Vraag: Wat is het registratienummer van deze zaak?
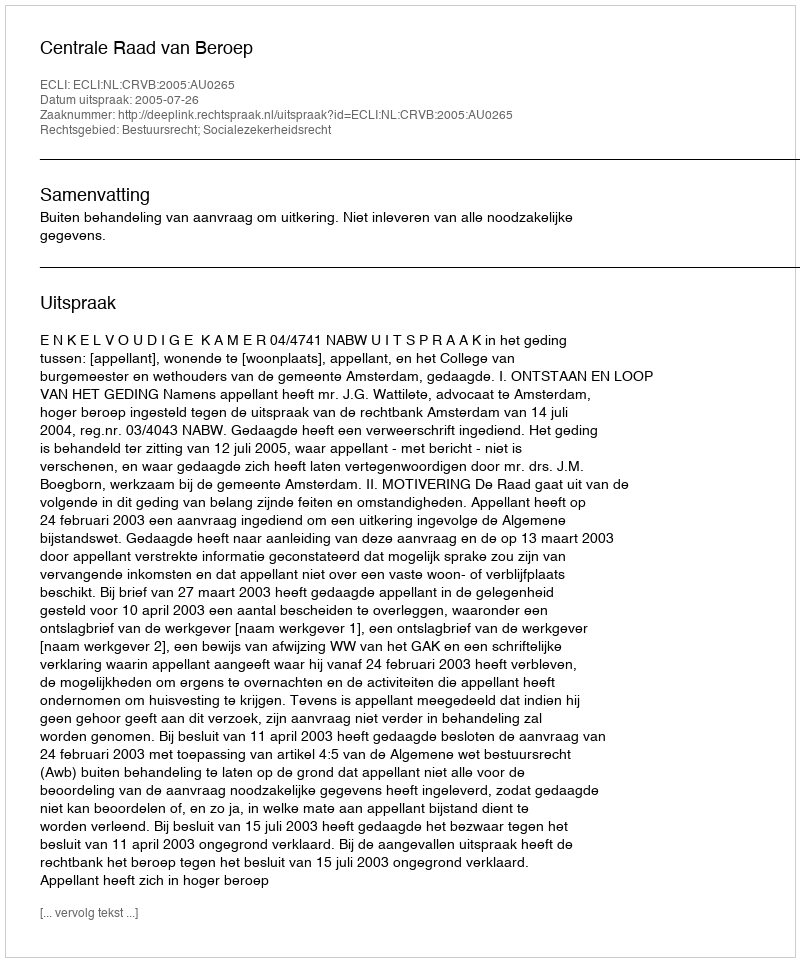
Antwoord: http://deeplink.rechtspraak.nl/uitspraak?id=ECLI:NL:CRVB:2005:AU0265